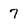
Character: 7